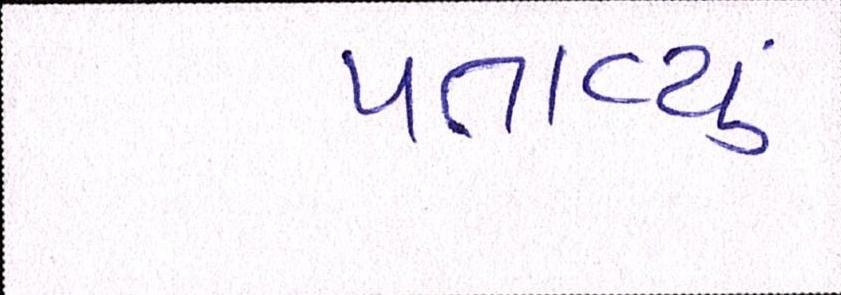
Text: પતાવ્યું